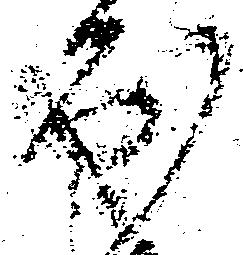
出